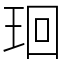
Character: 㻁